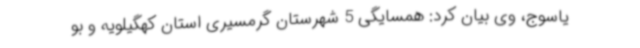
یاسوج، وی بیان کرد: همسایگی 5 شهرستان گرمسیری استان کهگیلویه و بو